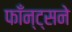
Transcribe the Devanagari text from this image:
फाँन्ट्‌सने